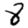
Digit: 8